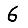
Digit: 6